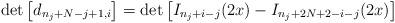
LaTeX: \begin{align*}\det\left[d_{n_{j}+N-j+1,i}\right] = \det\left[I_{n_{j}+i-j}(2x)-I_{n_{j}+2N+2-i-j}(2x)\right]\end{align*}